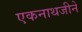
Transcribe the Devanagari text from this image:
एकनाथजीने